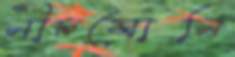
নীচযোনি